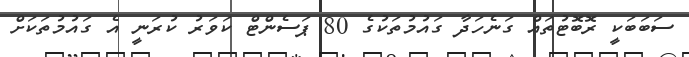
ސަބަބަކީ ރޮބޮޓުތައް ގަނެހަދާ ގައުމުތަކުގެ 80 ޕަސެންޓް ކަވަރު ކުރަނީ އެ ގައުމުތަކަށް